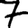
Digit: 7